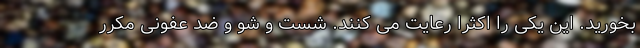
بخورید. این یکی را اکثراً رعایت می کنند. شست و شو و ضد عفونی مکرر